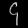
Digit: ၄